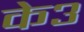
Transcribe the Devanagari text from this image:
के३